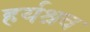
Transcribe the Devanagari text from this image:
हर्यश्रव